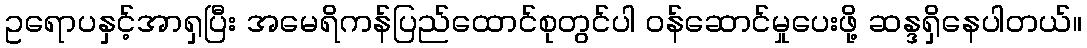
ဥရောပနှင့်အာရှပြီး အမေရိကန်ပြည်ထောင်စုတွင်ပါ ဝန်ဆောင်မှုပေးဖို့ ဆန္ဒရှိနေပါတယ်။